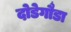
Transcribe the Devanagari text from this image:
दोडेगौडा